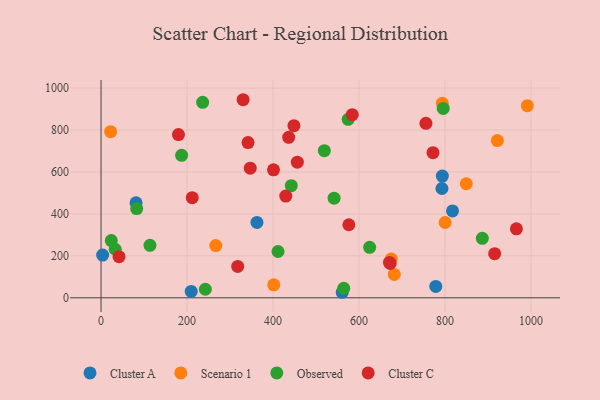
{"axis": {"x": "Engine Size", "y": "Sales"}, "legend": ["Cluster A", "Cluster C", "Observed", "Scenario 1"], "data": [{"x": "817.4", "y": 414.5, "type": "Cluster A"}, {"x": "792.8", "y": 521.1, "type": "Cluster A"}, {"x": "81.4", "y": 453.1, "type": "Cluster A"}, {"x": "209.7", "y": 30.4, "type": "Cluster A"}, {"x": "3.7", "y": 204.0, "type": "Cluster A"}, {"x": "362.6", "y": 359.3, "type": "Cluster A"}, {"x": "778.5", "y": 54.2, "type": "Cluster A"}, {"x": "560.9", "y": 26.4, "type": "Cluster A"}, {"x": "793.7", "y": 580.5, "type": "Cluster A"}, {"x": "401.7", "y": 61.8, "type": "Scenario 1"}, {"x": "793.7", "y": 927.2, "type": "Scenario 1"}, {"x": "266.8", "y": 249.2, "type": "Scenario 1"}, {"x": "849.5", "y": 543.8, "type": "Scenario 1"}, {"x": "921.8", "y": 749.7, "type": "Scenario 1"}, {"x": "22.3", "y": 792.1, "type": "Scenario 1"}, {"x": "800.2", "y": 359.2, "type": "Scenario 1"}, {"x": "682.1", "y": 111.3, "type": "Scenario 1"}, {"x": "991.5", "y": 915.9, "type": "Scenario 1"}, {"x": "675.0", "y": 185.6, "type": "Scenario 1"}, {"x": "442.5", "y": 534.9, "type": "Observed"}, {"x": "23.9", "y": 272.9, "type": "Observed"}, {"x": "236.3", "y": 931.9, "type": "Observed"}, {"x": "411.6", "y": 220.9, "type": "Observed"}, {"x": "795.8", "y": 903.1, "type": "Observed"}, {"x": "886.7", "y": 283.7, "type": "Observed"}, {"x": "33.0", "y": 231.6, "type": "Observed"}, {"x": "624.7", "y": 240.7, "type": "Observed"}, {"x": "574.7", "y": 851.0, "type": "Observed"}, {"x": "519.3", "y": 701.6, "type": "Observed"}, {"x": "113.8", "y": 250.1, "type": "Observed"}, {"x": "242.6", "y": 40.9, "type": "Observed"}, {"x": "542.0", "y": 475.3, "type": "Observed"}, {"x": "82.9", "y": 425.7, "type": "Observed"}, {"x": "187.4", "y": 679.5, "type": "Observed"}, {"x": "564.4", "y": 45.5, "type": "Observed"}, {"x": "966.0", "y": 329.1, "type": "Cluster C"}, {"x": "317.8", "y": 149.8, "type": "Cluster C"}, {"x": "180.1", "y": 778.5, "type": "Cluster C"}, {"x": "576.3", "y": 348.4, "type": "Cluster C"}, {"x": "341.9", "y": 740.3, "type": "Cluster C"}, {"x": "772.0", "y": 691.8, "type": "Cluster C"}, {"x": "672.5", "y": 163.8, "type": "Cluster C"}, {"x": "448.6", "y": 820.8, "type": "Cluster C"}, {"x": "670.8", "y": 168.7, "type": "Cluster C"}, {"x": "584.3", "y": 873.2, "type": "Cluster C"}, {"x": "456.5", "y": 646.8, "type": "Cluster C"}, {"x": "429.6", "y": 484.9, "type": "Cluster C"}, {"x": "212.1", "y": 477.5, "type": "Cluster C"}, {"x": "436.4", "y": 765.2, "type": "Cluster C"}, {"x": "401.1", "y": 610.4, "type": "Cluster C"}, {"x": "755.6", "y": 832.2, "type": "Cluster C"}, {"x": "41.9", "y": 196.2, "type": "Cluster C"}, {"x": "915.4", "y": 210.5, "type": "Cluster C"}, {"x": "330.4", "y": 944.5, "type": "Cluster C"}, {"x": "347.0", "y": 618.2, "type": "Cluster C"}]}